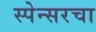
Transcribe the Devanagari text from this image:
स्पेन्सरचा